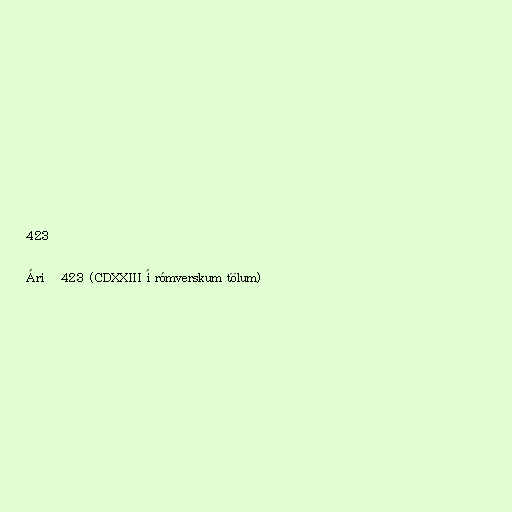
423

Árið 423 (CDXXIII í rómverskum tölum)